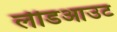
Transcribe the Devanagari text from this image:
लीडआउट